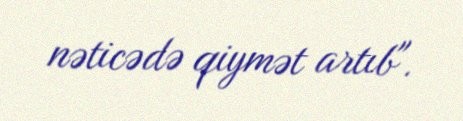
nəticədə qiymət artıb".